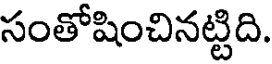
సంతోషించినట్టిది.